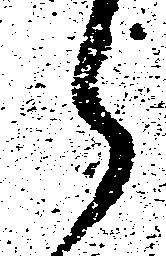
ら